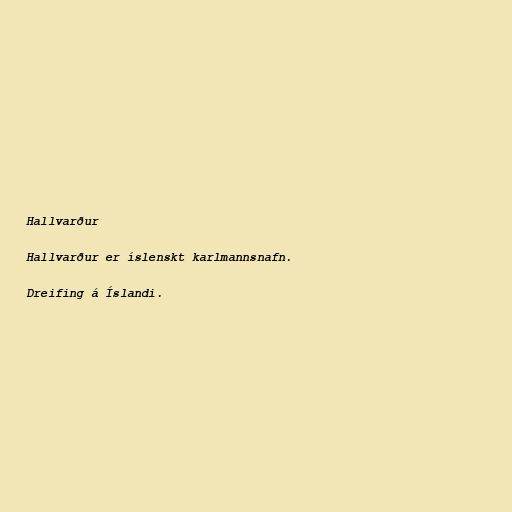
Hallvarður

Hallvarður er íslenskt karlmannsnafn.

Dreifing á Íslandi.